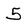
Character: 5